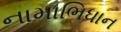
નામાભિધાન